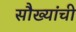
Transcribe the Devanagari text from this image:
सौख्यांची